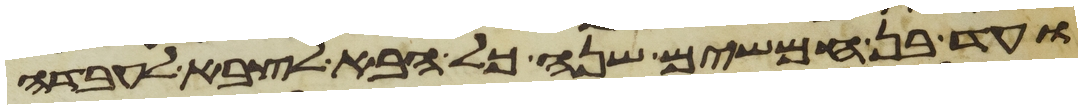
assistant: ועד בן חמשים שנה כל הבא לצבא לעבדה